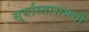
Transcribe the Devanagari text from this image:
सूर्यास्तासमयी